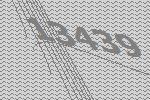
13439